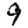
Digit: 9